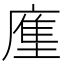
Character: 𭙳